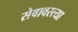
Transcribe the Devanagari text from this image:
सेवावस्त्या